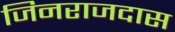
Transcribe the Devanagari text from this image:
जिनराजदास